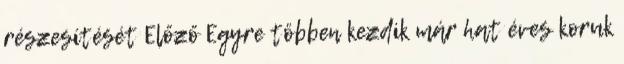
részesítését Előző Egyre többen kezdik már hat éves koruk